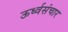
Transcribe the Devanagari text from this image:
ऊर्ध्वसंचार